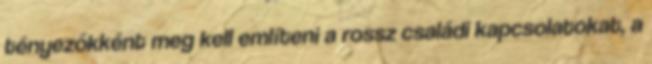
tényezőkként meg kell említeni a rossz családi kapcsolatokat, a